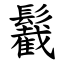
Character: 䰏